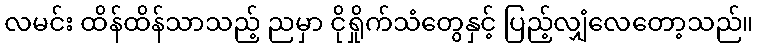
လမင်း ထိန်ထိန်သာသည့် ညမှာ ငိုရှိုက်သံတွေနှင့် ပြည့်လျှံလေတော့သည်။